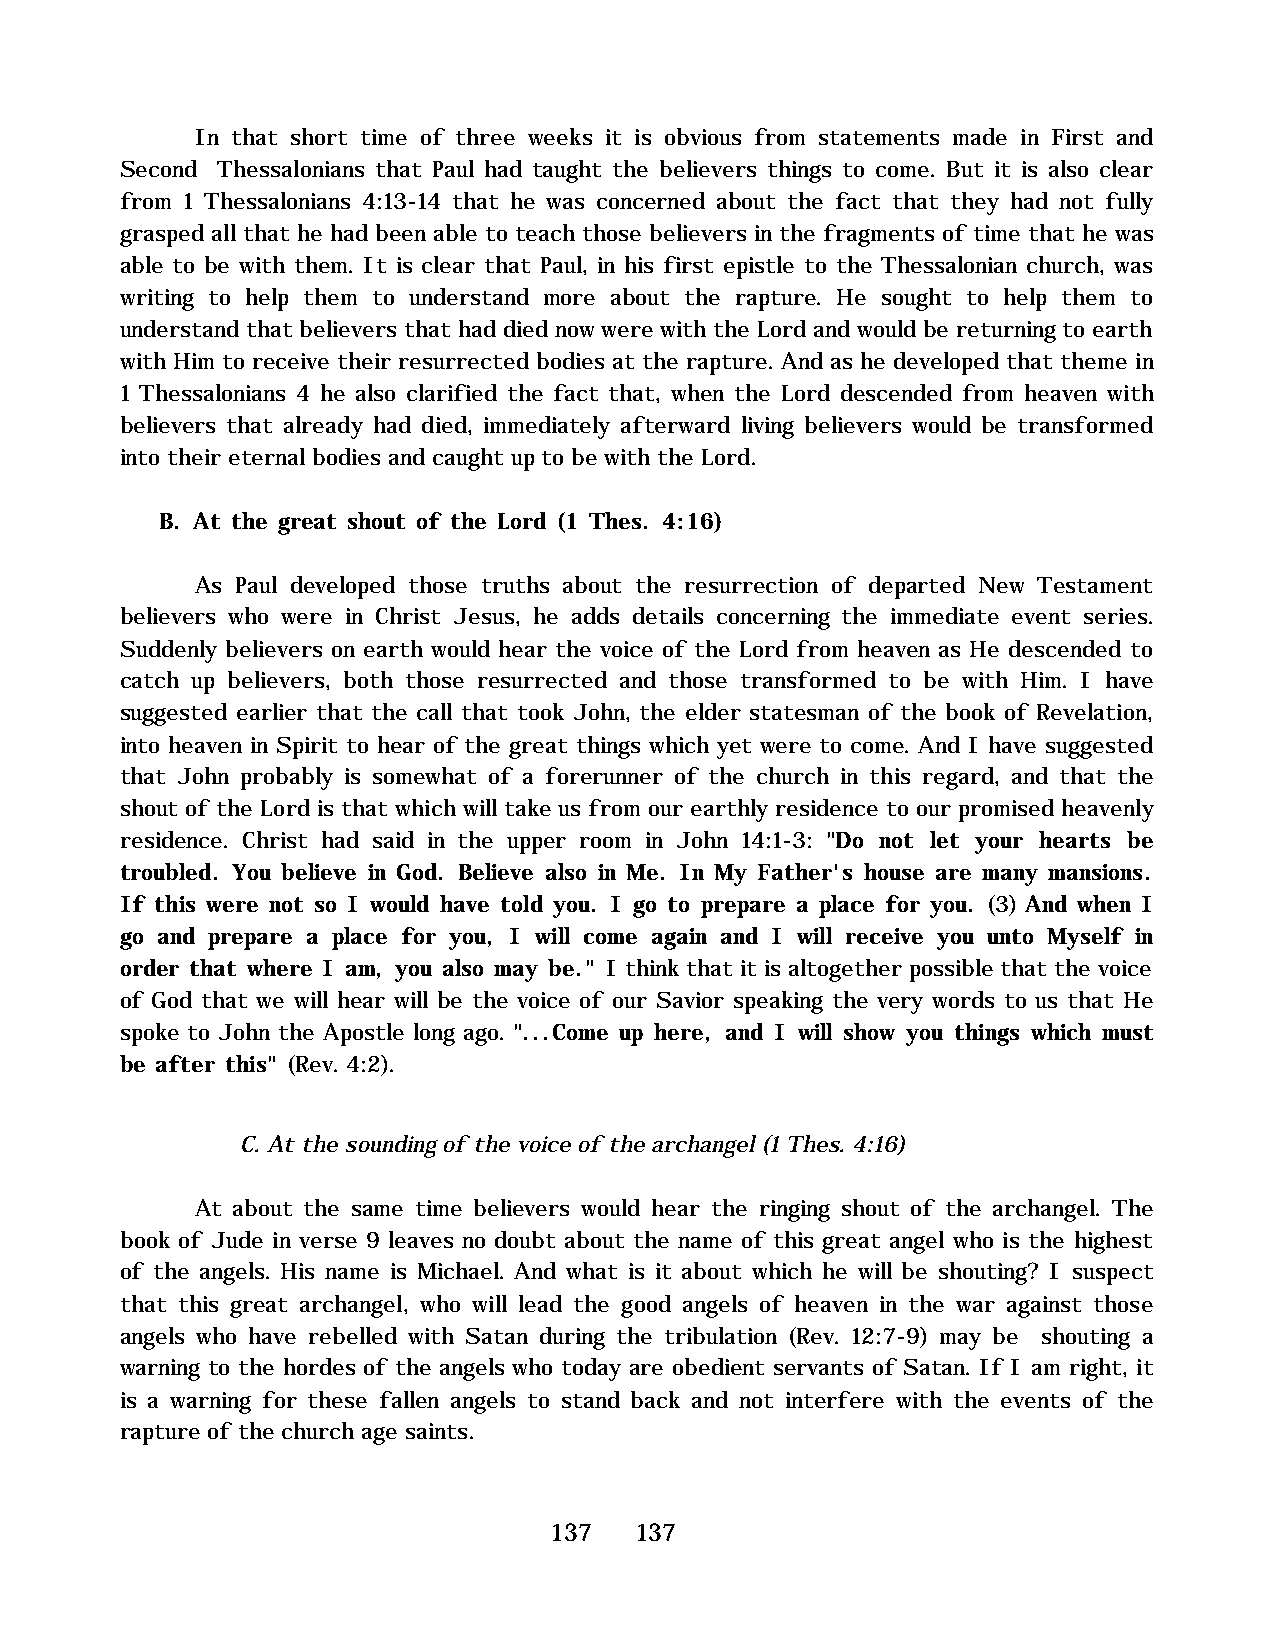
In that short time of three weeks it is obvious from statements made in First and
 Second Thessalonians that Paul had taught the believers things to come. But it is also clear
 from 1 Thessalonians 4:13-14 that he was concerned about the fact that they had not fully
 grasped all that he had been able to teach those believers in the fragments of time that he was
 able to be with them. It is clear that Paul, in his first epistle to the Thessalonian church, was
 writing to help them to understand more about the rapture. He sought to help them to
 understand that believers that had died now were with the Lord and would be returning to earth
 with Him to receive their resurrected bodies at the rapture. And as he developed that theme in
 1 Thessalonians 4 he also clarified the fact that, when the Lord descended from heaven with
 believers that already had died, immediately afterward living believers would be transformed
 into their eternal bodies and caught up to be with the Lord.
 B. At the great shout of the Lord (1 Thes. 4:16)
 As Paul developed those truths about the resurrection of departed New Testament
 believers who were in Christ Jesus, he adds details concerning the immediate event series.
 Suddenly believers on earth would hear the voice of the Lord from heaven as He descended to
 catch up believers, both those resurrected and those transformed to be with Him. I have
 suggested earlier that the call that took John, the elder statesman of the book of Revelation,
 into heaven in Spirit to hear of the great things which yet were to come. And I have suggested
 that John probably is somewhat of a forerunner of the church in this regard, and that the
 shout of the Lord is that which will take us from our earthly residence to our promised heavenly
 residence. Christ had said in the upper room in John 14:1-3: "Do not let your hearts be
 troubled. You believe in God. Believe also in Me. In My Father's house are many mansions.
 If this were not so I would have told you. I go to prepare a place for you. (3) And when I
 go and prepare a place for you, I will come again and I will receive you unto Myself in
 order that where I am, you also may be." I think that it is altogether possible that the voice
 of God that we will hear will be the voice of our Savior speaking the very words to us that He
 spoke to John the Apostle long ago. "...Come up here, and I will show you things which must
 be after this" (Rev. 4:2).
 C. At the sounding of the voice of the archangel (1 Thes. 4:16)
 At about the same time believers would hear the ringing shout of the archangel. The
 book of Jude in verse 9 leaves no doubt about the name of this great angel who is the highest
 of the angels. His name is Michael. And what is it about which he will be shouting? I suspect
 that this great archangel, who will lead the good angels of heaven in the war against those
 angels who have rebelled with Satan during the tribulation (Rev. 12:7-9) may be shouting a
 warning to the hordes of the angels who today are obedient servants of Satan. If I am right, it
 is a warning for these fallen angels to stand back and not interfere with the events of the
 rapture of the church age saints.
 137   137